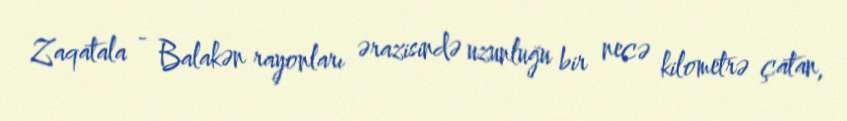
Zaqatala - Balakən rayonları ərazisində uzunluğu bir necə kilometrə çatan,